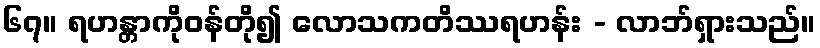
၆၇။ ရဟန္တာကိုဝန်တို၍ လောသကတိဿရဟန်း - လာဘ်ရှားသည်။